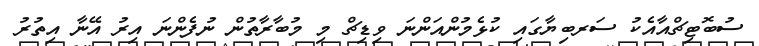
ސުބޮޓިޗްއާއެކު ސަރބިޔާގައި ކުޅެމުންއަންނަ ވިޑިޗް މި މުބާރާތުން ނުފެންނަ އިރު އޭނާ އިތުރު